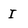
Character: I